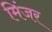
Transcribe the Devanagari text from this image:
मिंजर